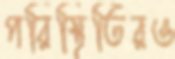
পরিস্থিতিরও